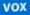
VOX